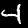
Label: 4